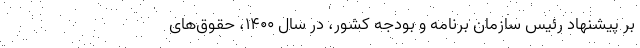
بر پیشنهاد رئیس سازمان برنامه و بودجه کشور، در سال ۱۴۰۰، حقوق‌های